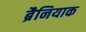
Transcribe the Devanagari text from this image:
ब्रैनियाक